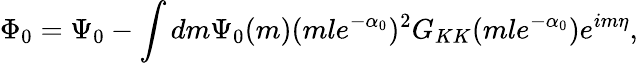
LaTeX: \Phi_{0}=\Psi_{0}-\int dm\Psi_{0}(m)(mle^{-\alpha_{0}})^{2}G_{KK}(mle^{-\alpha_{0}})e^{im\eta},